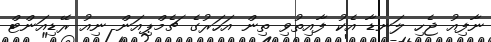
ނާފިއު ޖެހި ލަނޑާ އެކު ފާއިތުވި ތިން އަހަރުގެ ޗެމްޕިއަން ނިއު ރޭޑިއަންޓް